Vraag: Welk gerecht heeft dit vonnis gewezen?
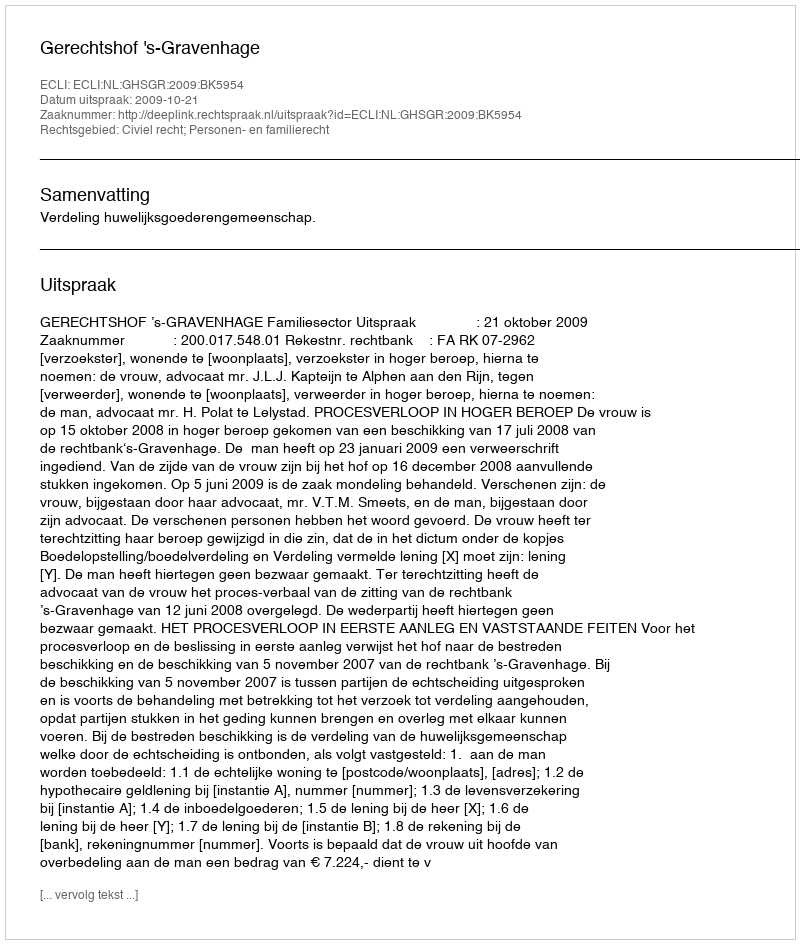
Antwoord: Gerechtshof 's-Gravenhage